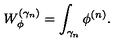
W _ { \phi } ^ { ( \gamma _ { n } ) } = \int _ { \gamma _ { n } } \phi ^ { ( n ) } .